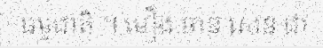
ធម្មជាតិ ។ មឿង ចាន់ សេន ជា